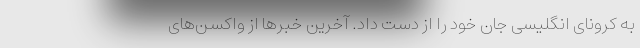
به کرونای انگلیسی جان خود را از دست داد. آخرین خبرها از واکسن‌های